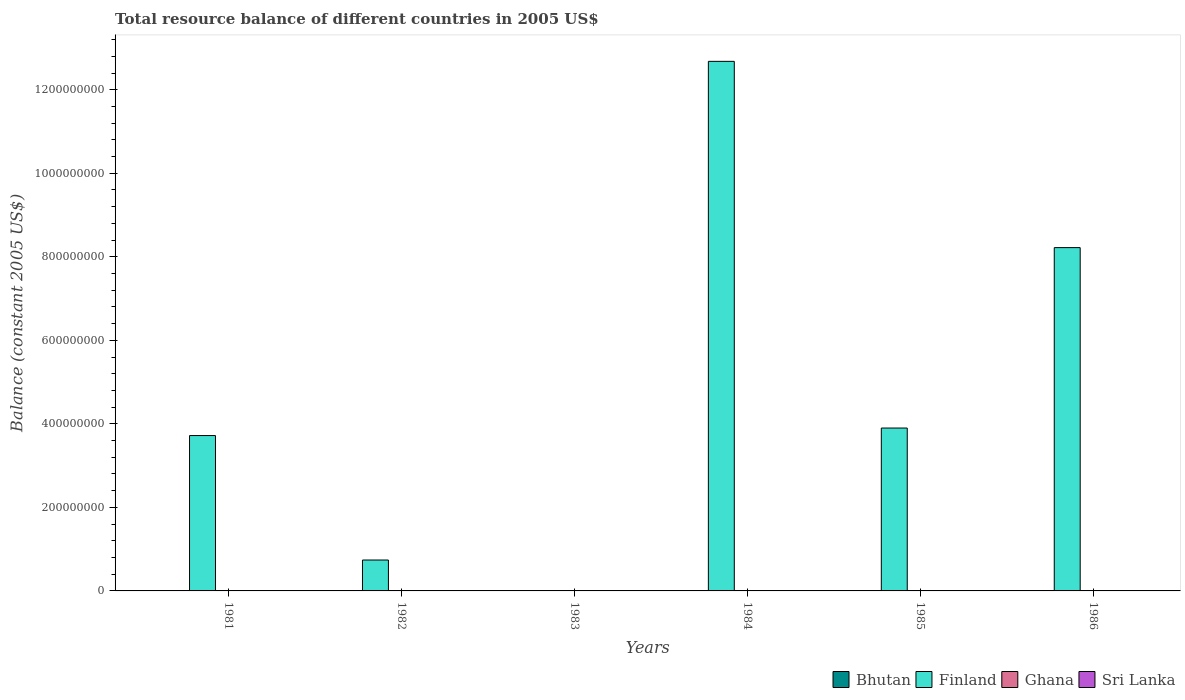
| Years | Bhutan | Finland | Ghana | Sri Lanka |
 | --- | --- | --- | --- | --- |
 | 1981 | -4.13e+08 | 3.72e+08 | -4.12e+04 | -1.37e+10 |
 | 1982 | -4.79e+08 | 7.4e+07 | 3.08e+04 | -1.88e+10 |
 | 1983 | -5.64e+08 | -5e+06 | -7.97e+04 | -1.84e+10 |
 | 1984 | -6.19e+08 | 1.27e+09 | -7.38e+05 | -9.13e+09 |
 | 1985 | -7.7e+08 | 3.9e+08 | -1.01e+06 | -1.94e+10 |
 | 1986 | -8.83e+08 | 8.22e+08 | -1.82e+06 | -2.08e+10 |